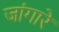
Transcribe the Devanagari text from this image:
जांगारे